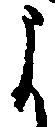
よ